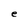
Character: e